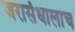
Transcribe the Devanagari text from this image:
जरासंधालाच